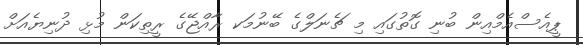
ޕީއެސްއެމްއިން ބުނި ގޮތުގައި މި ޗެނަލްގެ ބޭނުމަކ ރާއްޖޭގެ ރީތިކަން މުޅި ދުނިޔެއަށް